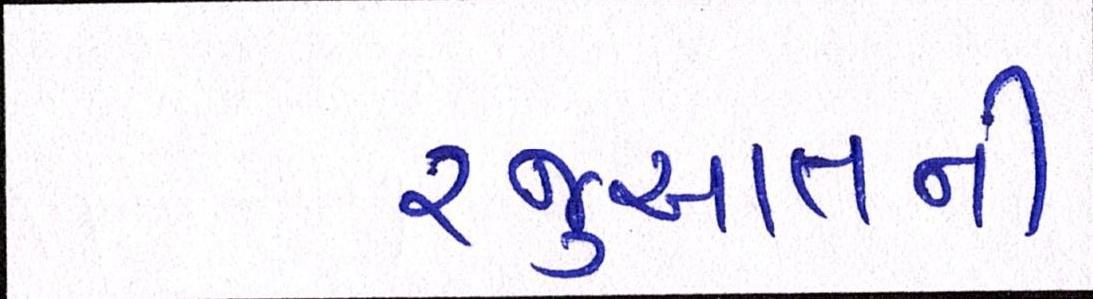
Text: રજૂઆતની